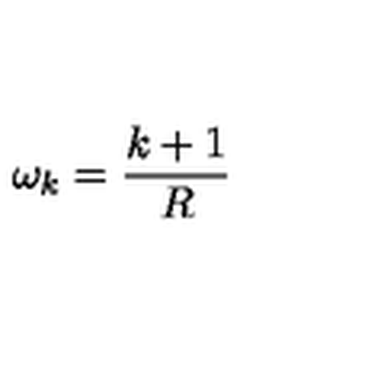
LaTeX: \omega _ { k } = \frac { k + 1 } { R }